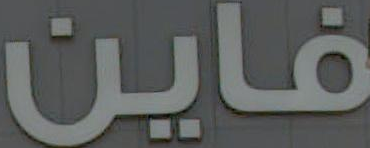
فاين